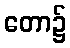
တော၌